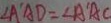
\angle A ^ { \prime } A D = \angle A ^ { \prime } A C